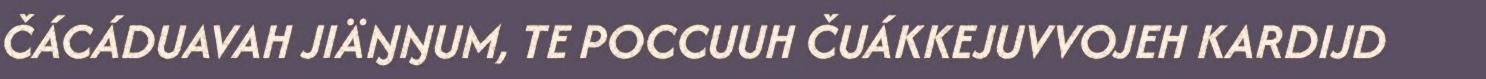
ČÁCÁDUAVAH JIÄŊŊUM, TE POCCUUH ČUÁKKEJUVVOJEH KARDIJD